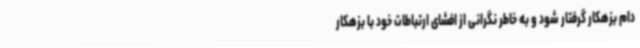
دام بزهکار گرفتار شود و به خاطر نگرانی از افشای ارتباطات خود با بزهکار